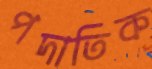
পদাতিক